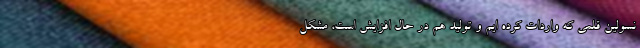
نسولین قلمی که واردات کرده ایم و تولید هم در حال افزایش است، مشکل